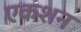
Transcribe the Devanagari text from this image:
एकशन